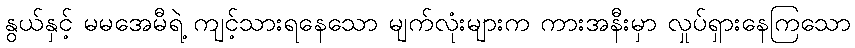
နွယ်နှင့် မမအေမီရဲ့ ကျင့်သားရနေသော မျက်လုံးများက ကားအနီးမှာ လှုပ်ရှားနေကြသော